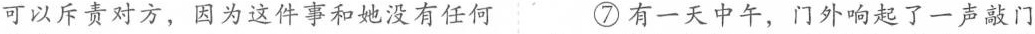
可以斥责对方，因为这件事和她没有任何 ⑦有一天中午，门外响起了一声敲门